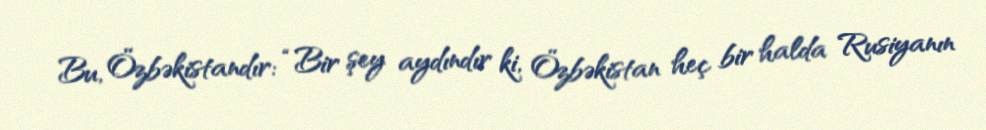
Bu, Özbəkistandır: “Bir şey aydındır ki, Özbəkistan heç bir halda Rusiyanın